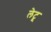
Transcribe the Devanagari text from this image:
लेटू